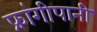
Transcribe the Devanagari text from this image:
फ्रांगीपानी